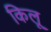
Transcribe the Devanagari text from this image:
किलू